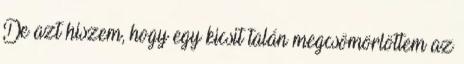
De azt hiszem, hogy egy kicsit talán megcsömörlöttem az